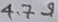
Text: 4.7Ω